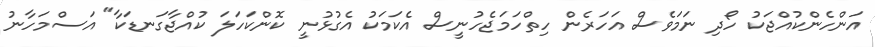
އަންހެންކުއްޖަކު ހޯދި ނަމަވެސް އަހަރެން ހިތްހަމަޖެހުނީސް އެކަމަކު އެގުޅުނީ ކޮންކަހަލަ ކުއްޖާގަނޑަކާ" އަސްމަހާނު